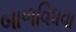
બાળવિધવા